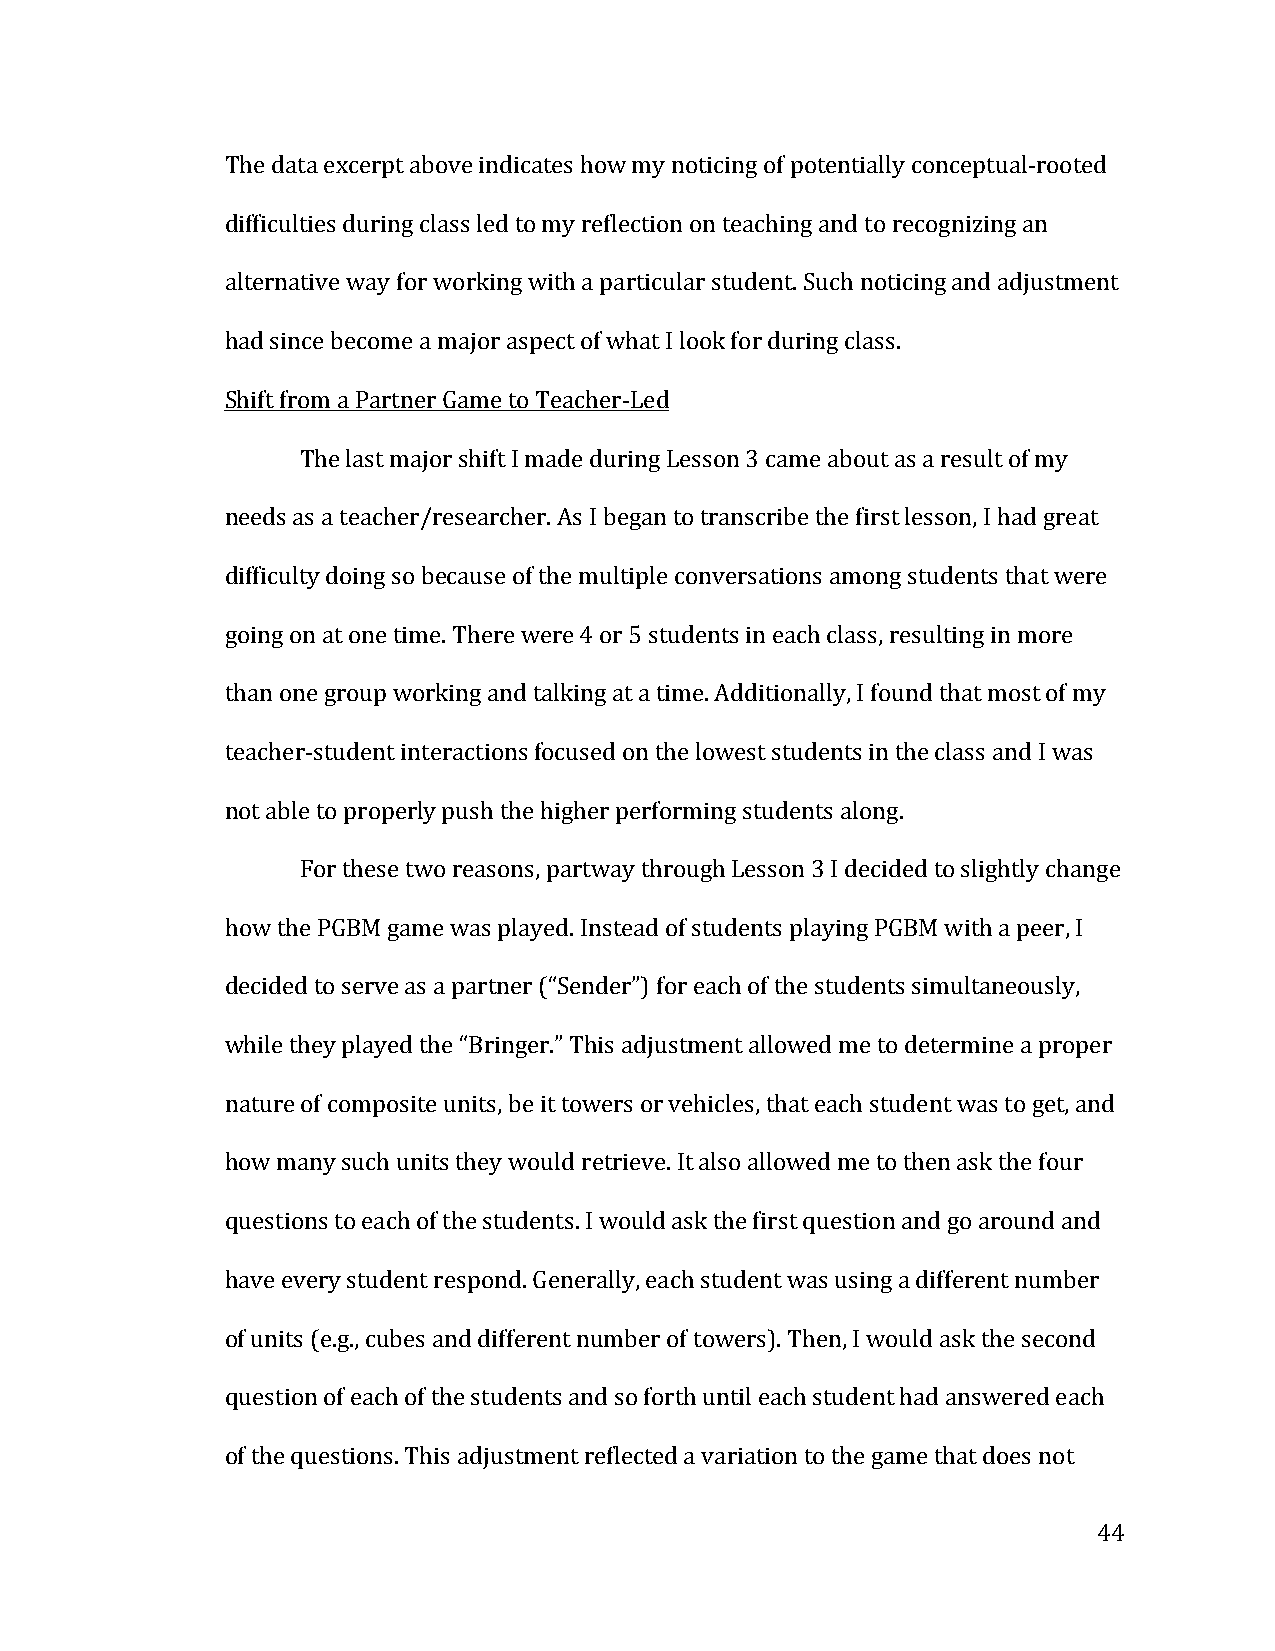
The data excerpt above indicates how my noticing of potentially conceptual-­‐rooted
 difficulties during class led to my reflection on teaching and to recognizing an
 alternative way for working with a particular student. Such noticing and adjustment
 had since become a major aspect of what I look for during class.
 Shift from a Partner Game to Teacher-­‐Led
 The last major shift I made during Lesson 3 came about as a result of my
 needs as a teacher/researcher. As I began to transcribe the first lesson, I had great
 difficulty doing so because of the multiple conversations among students that were
 going on at one time. There were 4 or 5 students in each class, resulting in more
 than one group working and talking at a time. Additionally, I found that most of my
 teacher-­‐student interactions focused on the lowest students in the class and I was
 not able to properly push the higher performing students along.
 For these two reasons, partway through Lesson 3 I decided to slightly change
 how the PGBM game was played. Instead of students playing PGBM with a peer, I
 decided to serve as a partner (“Sender”) for each of the students simultaneously,
 while they played the “Bringer.” This adjustment allowed me to determine a proper
 nature of composite units, be it towers or vehicles, that each student was to get, and
 how many such units they would retrieve. It also allowed me to then ask the four
 questions to each of the students. I would ask the first question and go around and
 have every student respond. Generally, each student was using a different number
 of units (e.g., cubes and different number of towers). Then, I would ask the second
 question of each of the students and so forth until each student had answered each
 of the questions. This adjustment reflected a variation to the game that does not
 44